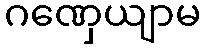
ဂဏှေယျာမ